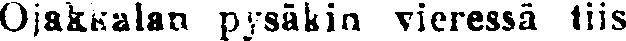
Ojakkalan pysäkin vieressä tiis